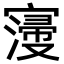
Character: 𡫏